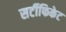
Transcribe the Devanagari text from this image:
सर्टीफिकेट